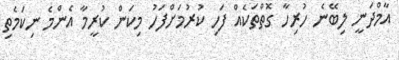
އާމްދަނީ ލިބޭނެ ހުރިހާ ގޮތްތަކެއް ފަހި ކުރުމަށްފަހު މިކަން ކުރީމާ އެންމެ ނިކަމެތި